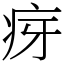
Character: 疨